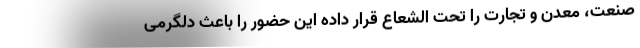
صنعت، معدن و تجارت را تحت الشعاع قرار داده این حضور را باعث دلگرمی